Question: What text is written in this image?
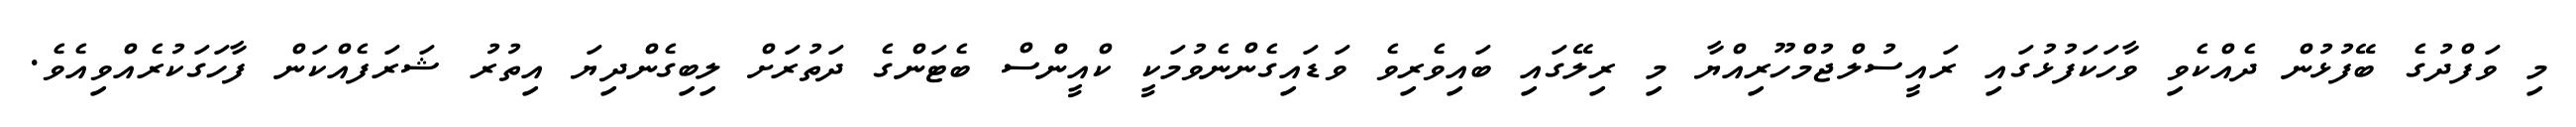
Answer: މި ވަފްދުގެ ބޭފުޅުން ދެއްކެވި ވާހަކަފުޅުގައި ރައީސުލްޖުމްހޫރިއްޔާ މި ރިލޭގައި ބައިވެރިވެ ވަޑައިގެންނެވުމަކީ ކްއީންސް ބެޓަންގެ ދަތުރަށް ލިބިގެންދިޔަ އިތުރު ޝަރަފެއްކަން ފާހަގަކުރެއްވިއެވެ.